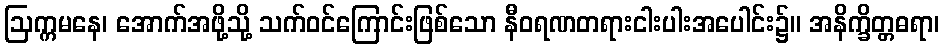
ဩက္ကမနေ၊ အောက်အဖို့သို့ သက်ဝင်ကြောင်းဖြစ်သော နီဝရဏတရားငါးပါးအပေါင်း၌။ အနိက္ခိတ္တဓရာ၊